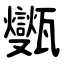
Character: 㽊